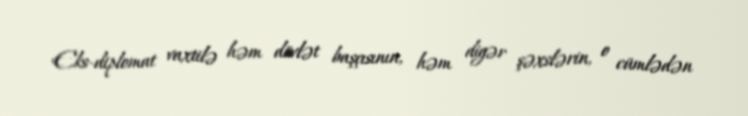
Eks-diplomat vaxtilə həm dövlət başçısının, həm digər şəxslərin, o cümlədən